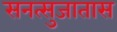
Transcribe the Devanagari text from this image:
सनत्सुजातास